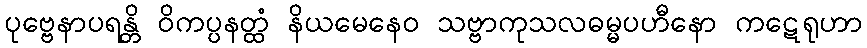
ပုဗ္ဗေနာပရန္တိ ဝိကပ္ပနတ္ထံ နိယမေနေဝ သဗ္ဗာကုသလဓမ္မပဟီနော ကဋေရုဟာ